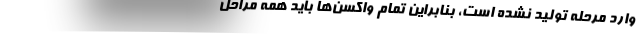
وارد مرحله تولید نشده است، بنابراین تمام واکسن‌ها باید همه مراحل